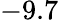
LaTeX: -9.7